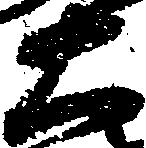
右